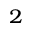
^ { 2 }